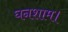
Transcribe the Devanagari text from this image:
घनशाम।